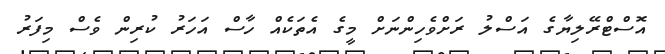
އޮސްޓްރޭލިޔާގެ އަސްލު ރަށްވެހިންނަށް މީގެ އެތަކެއް ހާސް އަހަރު ކުރިން ވެސް މިފަރު